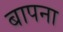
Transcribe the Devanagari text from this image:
बापना